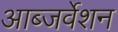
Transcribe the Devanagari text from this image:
आब्जर्वेशन